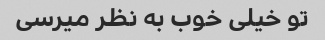
تو خیلی خوب به نظر میرسی